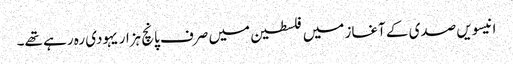
انیسویں صدی کے آغاز میں فلسطین میں صرف پانچ ہزار یہودی رہ رہے تھے۔